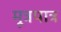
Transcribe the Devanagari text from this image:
मूत्रपात्र